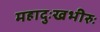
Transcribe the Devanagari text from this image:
महादुःखभीरुः